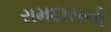
રામદાસની